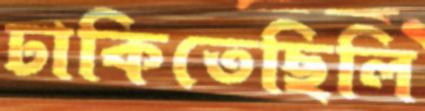
ঢাকিতেছিলি